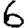
Digit: 6